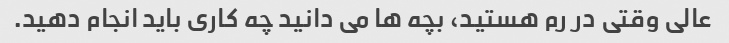
عالی وقتی در رم هستید، بچه ها می دانید چه کاری باید انجام دهید.